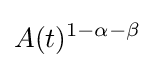
A(t)^{1-\alpha -\beta }